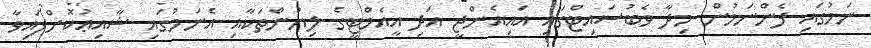
ނަމުގައި ފެންނަމުން މިދާ ވެބުސައިޓްގައި އައިއެންޖީ އަދި އީއެމްޓީގެ ލިޔުންތަކާއި އެނަމުގައި ޝާއިޢުކޮށްފައިވާ